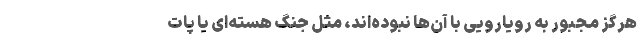
هرگز مجبور به رویارویی با آن‌ها نبوده‌اند، مثل جنگ هسته‌ای یا پات